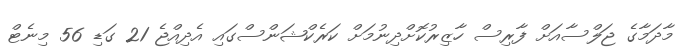
މާދަމާގެ ޖަލްސާއަށް ފާރިސް ހާޒިރުކޮށްދިނުމަށް ކަރެކްޝަންސްގައި އެދިއްޖެ 21 ގަޑި 56 މިނެޓް